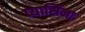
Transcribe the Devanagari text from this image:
प्यासिना